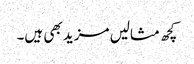
کچھ مثالیں مزید بھی ہیں۔